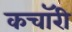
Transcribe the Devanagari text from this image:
कचॉरी